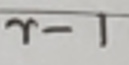
$\gamma - 1$